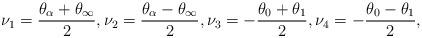
LaTeX: \begin{align*}\nu_1=\frac{\theta_\alpha+\theta_\infty}{2},\nu_2=\frac{\theta_\alpha-\theta_\infty}{2},\nu_3=-\frac{\theta_0+\theta_1}{2},\nu_4=-\frac{\theta_0-\theta_1}{2},\end{align*}